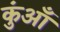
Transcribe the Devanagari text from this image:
कुंआँ